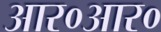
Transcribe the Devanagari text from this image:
आर०आर०